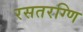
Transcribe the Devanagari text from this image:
रसतरग्णि